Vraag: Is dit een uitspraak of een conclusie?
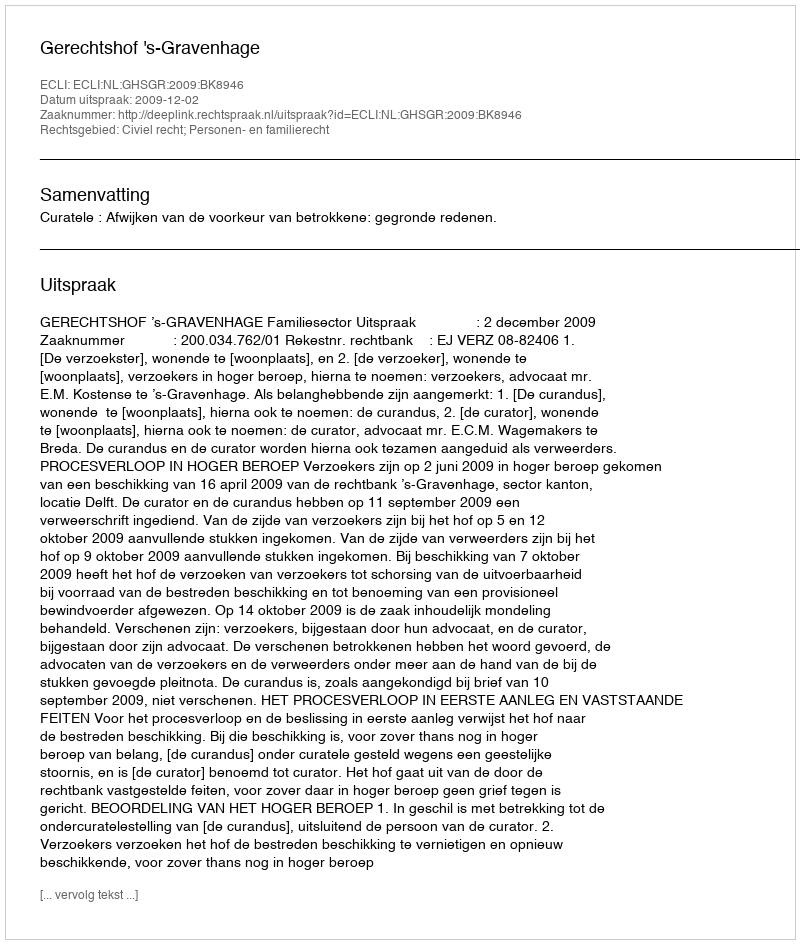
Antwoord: Uitspraak